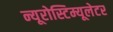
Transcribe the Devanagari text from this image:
न्यूरोस्टिम्यूलेटर